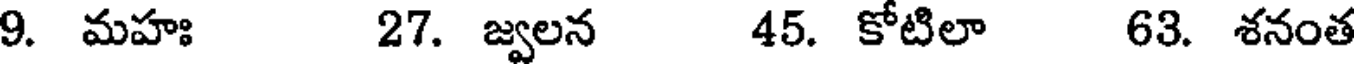
9. మహః 27. జ్వలన 45. కోటిలా 63. శనంత